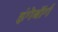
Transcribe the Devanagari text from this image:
इंगेबॉर्ग